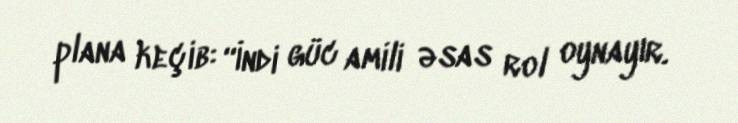
plana keçib: “İndi güc amili əsas rol oynayır.